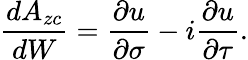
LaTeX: \frac{dA_{zc}}{dW}=\frac{\partial u}{\partial\sigma}-i\frac{\partial u}{\partial\tau}.